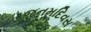
જનમદિવસ